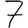
Digit: 7